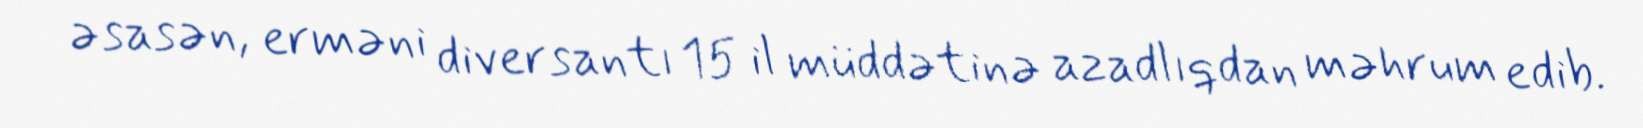
əsasən, erməni diversantı 15 il müddətinə azadlıqdan məhrum edib.